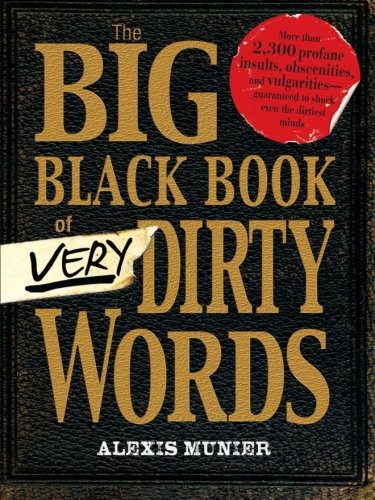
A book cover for The Big Black Book of Very Dirty Words; Alexis Munier; Reference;